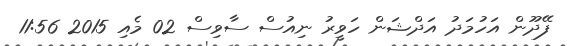
ފޭދޫން އަހުމަދު އަދްޝަން ހަވީރު ނިއުސް ސާވިސް 02 މެއި 2015 11:56